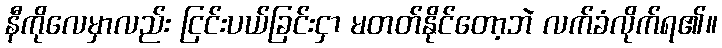
နီကိုလေမှာလည်း ငြင်းပယ်ခြင်းငှာ မတတ်နိုင်တော့ဘဲ လက်ခံလိုက်ရ၏။